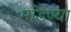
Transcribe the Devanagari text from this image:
मांडण्या